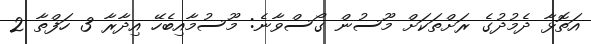
އަތޮޅާ ދެމުދުގެ ރަށްތަކަށް މޫސުން ގޯސްވާނެ: މޫސުމާއިބެހޭ އިދާރާ 3 ހަފްތާ 2